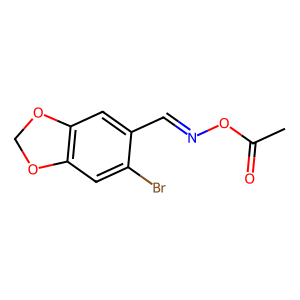
SMILES: CC(=O)ON=Cc1cc2c(cc1Br)OCO2
Inhibits HIV replication: No